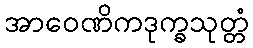
အာဝေဏိကဒုက္ခသုတ္တံ